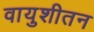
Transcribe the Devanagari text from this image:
वायुशीतन